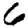
Digit: 6